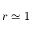
r \simeq 1